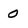
Character: 0